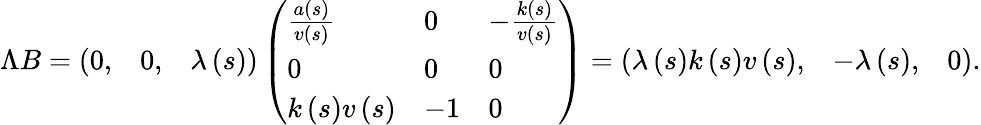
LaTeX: \begin{array}{r}{\Lambda B=\left(\begin{array}{lll}{0,}&{0,}&{\lambda\left(s\right)}\end{array}\right)\left(\begin{array}{lll}{\frac{a\left(s\right)}{v\left(s\right)}}&{0}&{-\frac{k\left(s\right)}{v\left(s\right)}}\\ {0}&{0}&{0}\\ {k\left(s\right)v\left(s\right)}&{-1}&{0}\end{array}\right)=\left(\begin{array}{lll}{\lambda\left(s\right)k\left(s\right)v\left(s\right),}&{-\lambda\left(s\right),}&{0}\end{array}\right).}\end{array}